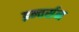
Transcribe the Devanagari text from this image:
इन्वर्सन